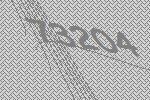
73204